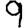
Digit: 9